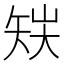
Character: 𥎽